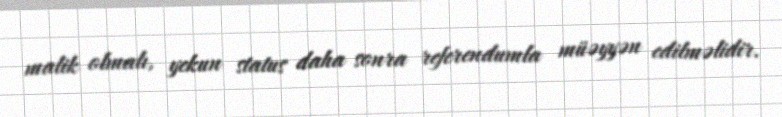
malik olmalı, yekun status daha sonra referendumla müəyyən edilməlidir.